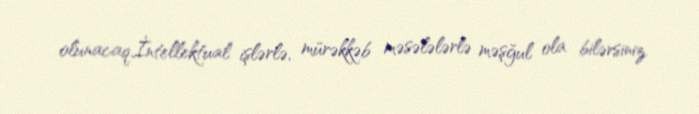
olunacaq.İntellektual işlərlə, mürəkkəb məsələlərlə məşğul ola bilərsiniz.